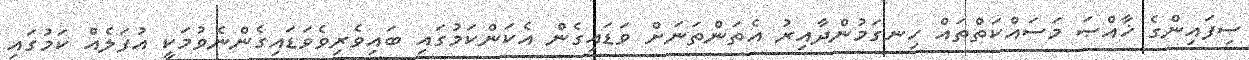
ސިފައިންގެ ޚާއްޞަ މަސައްކަތްތައް ހިނގަމުންދާއިރު އެތަންތަނަށް ވަޑައިގެން އެކަންކަމުގައި ބައިވެރިވެވަޑައިގެންނެވުމަކީ އުފަލެއް ކަމުގައި